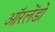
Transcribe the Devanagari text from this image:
ऑरलेंडो